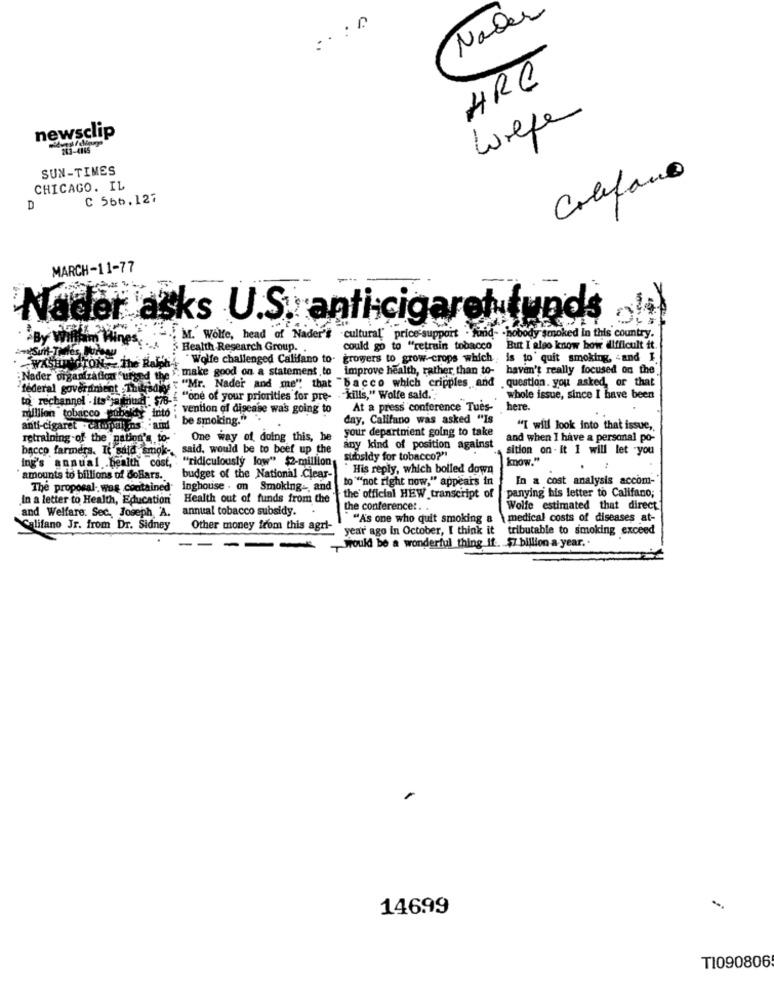
Nader
HRC
Wrefer
newsclip
SUN-TIMES
Califano
CHICAGO. IL
C 566,127
D
MARCH-11-77
Nader asks U.S. anti-cigaret funds
By Wiffhim Hines
" ... M.' Wolfe, head of Nader's .cultural' price-support . fund- . nobody senoked In this country.
.- A Health Research Group. .
could go to "retrain tobacco
But I also know how difficult it.
WASHINGTON - The Ralfh4 "Wolfe challenged Califano to-
growers to grow-crops which is to' quit smoking, and I
he . make good on a statement to
improve health, rather than to- haven't really focused on the
Nader organization urged the
"Mr. Nader and me" that "bacco which cripples and question. you asked, or that
federal government
sent Thisany
to rechannel - its ja find
{ ""one of your priorities for pre- - "kills," Wolfe said."
whole issue, since I have been
vention of disease wa's going to
At a press conference Tues- here.
million tobacco - cubeles ."
dy into ;
be smoking."
day, Califano was asked "Is
anti-cigaret - carbpains and
your department going to take
"I will look into that issue,
retraining of the nation's to-
One way of doing this, he
and when I have a personal po-
bacco farmers. It said smok-
said, would be to beef up the
any kind of position against
sition on . It I will let -you
ing's annual .bealth cost,
"ridiculously low" $2-million
subsidy for tobacco?"
know."
His reply, which boiled down
amounts to billions of doBars ..
budget of the National Clear-
to """not right now," appears in
In a cost analysis accom-
The proposal wos contained"
Inghouse . on Smoking- and
In a letter to Health, Education
Health out of funds from the
the official HEW transcript of
panying his letter to Califano;
and Welfare. Sec. Joseph 'A.
annual tobacco subsidy.
the conference :. .
Wolfe estimated that direct
"As one who quit smoking &
medical costs of diseases at-
Califano Jr. from Dr. Sidney
Other money from this agrt-
" year ago in October, I think it
tributable to smoking exceed
Would be a wonderful thing if .. . $7 billion a year ..
14699
T1090806